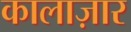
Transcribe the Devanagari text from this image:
कालाज़ार